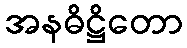
အနဓိဋ္ဌိတော